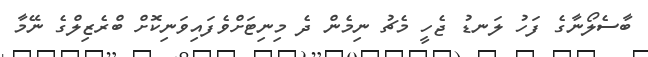
ބާސެލޯނާގެ ފަހު ލަނޑު ޖެހީ މެޗު ނިމެން ދެ މިނިޓަށްވެފައިވަނިކޮށް ބްރެޒިލްގެ ނޭމާ